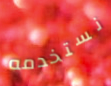
نستخدمه